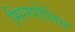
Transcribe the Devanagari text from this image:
मिनपोलिस